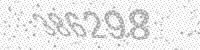
Solution: 386298